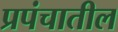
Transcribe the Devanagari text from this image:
प्रपंचातील